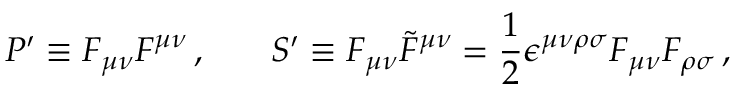
P ^ { \prime } \equiv F _ { \mu \nu } F ^ { \mu \nu } \, , \medskip \, \ \ \, \ \ \, S ^ { \prime } \equiv F _ { \mu \nu } \widetilde { F } ^ { \mu \nu } = \frac { 1 } { 2 } \epsilon ^ { \mu \nu \rho \sigma } F _ { \mu \nu } F _ { \rho \sigma } \, ,